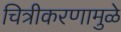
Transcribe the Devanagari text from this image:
चित्रीकरणामुळे